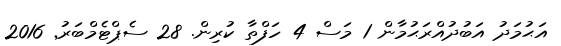
އަޙުމަދު އަބުދުއްރަޙުމާން 1 މަސް 4 ހަފްތާ ކުރިން. 28 ސެޕްޓެމްބަރު